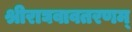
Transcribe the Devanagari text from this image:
श्रीराघवावतरणम्